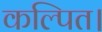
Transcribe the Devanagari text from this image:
कल्पित।